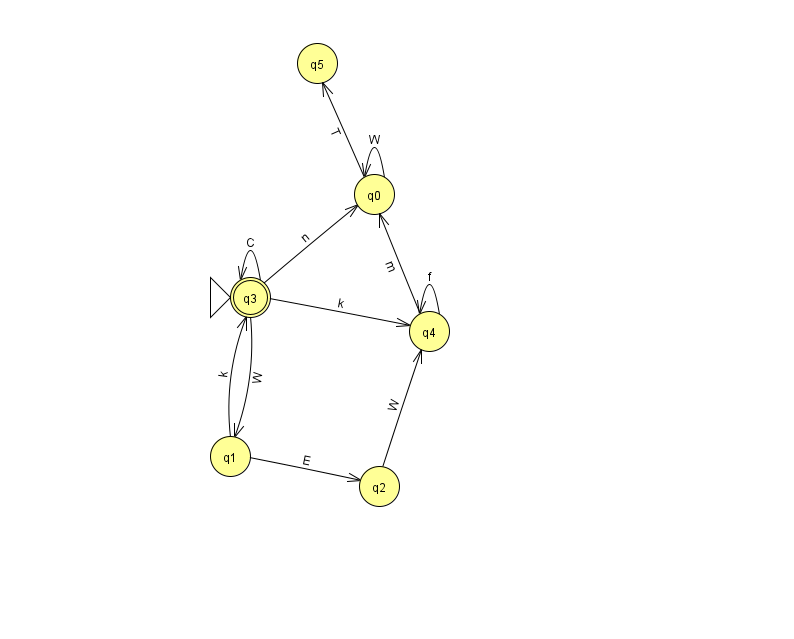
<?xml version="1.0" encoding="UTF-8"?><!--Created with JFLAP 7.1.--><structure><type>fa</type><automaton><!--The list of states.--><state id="0" name="q0"><x>374.0</x><y>181.0</y></state><state id="1" name="q1"><x>230.0</x><y>443.0</y></state><state id="2" name="q2"><x>379.0</x><y>473.0</y></state><state id="3" name="q3"><x>250.0</x><y>284.0</y><initial/><final/></state><state id="4" name="q4"><x>429.0</x><y>318.0</y></state><state id="5" name="q5"><x>317.0</x><y>50.0</y></state><!--The list of transitions.--><transition><from>0</from><to>5</to><read>T</read></transition><transition><from>3</from><to>0</to><read>n</read></transition><transition><from>3</from><to>3</to><read>C</read></transition><transition><from>1</from><to>3</to><read>k</read></transition><transition><from>3</from><to>4</to><read>k</read></transition><transition><from>4</from><to>4</to><read>f</read></transition><transition><from>0</from><to>0</to><read>W</read></transition><transition><from>3</from><to>1</to><read>W</read></transition><transition><from>4</from><to>0</to><read>m</read></transition><transition><from>1</from><to>2</to><read>E</read></transition><transition><from>2</from><to>4</to><read>W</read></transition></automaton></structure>